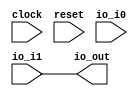
module Switch( // @[:@3.2]
  input        clock, // @[:@4.4]
  input        reset, // @[:@5.4]
  input  [1:0] io_i0, // @[:@6.4]
  input        io_i1, // @[:@6.4]
  output       io_out // @[:@6.4]
);
  assign io_out = io_i1; // @[Switch.scala 30:10:@40.4]
endmodule